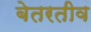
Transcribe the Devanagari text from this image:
बेतरतीव